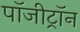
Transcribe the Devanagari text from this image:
पॉजीट्रॉन